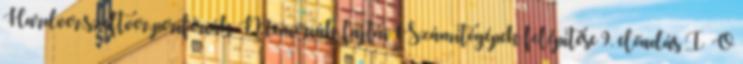
Hardver,szoftver,perifériák Memóriák fajtái 1 Számítógépek felépítése 9. előadás I O